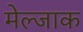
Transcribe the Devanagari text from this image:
मेल्जाक